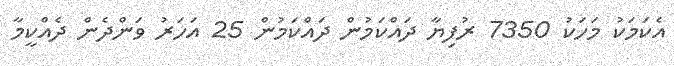
އެކަމަކު މަހަކު 7350 ރުފިޔާ ދައްކަމުން ދައްކަމުން 25 އަހަރު ވަންދެން ދެއްކީމާ